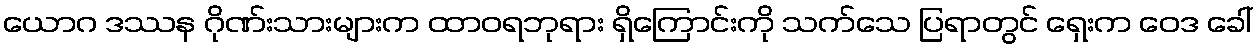
ယောဂ ဒဿန ဂိုဏ်းသားများက ထာဝရဘုရား ရှိကြောင်းကို သက်သေ ပြရာတွင် ရှေးက ဝေဒ ခေါ်